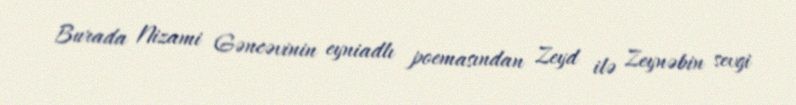
Burada Nizami Gəncəvinin eyniadlı poemasından Zeyd ilə Zeynəbin sevgi